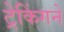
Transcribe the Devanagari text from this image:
ट्रेकिंगने